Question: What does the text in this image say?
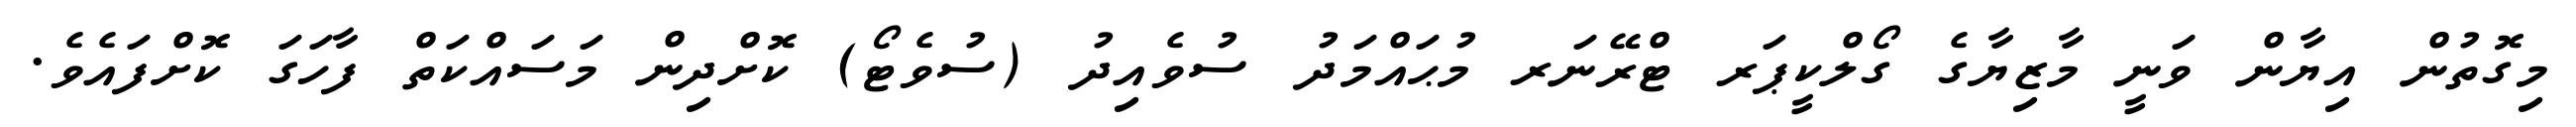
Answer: މިގޮތުން އިޔާން ވަނީ މާޒިޔާގެ ގޯލްކީޕަރ ޓްރޭނަރ މުޙައްމަދު ސުވެއިދު (ސުވެޓޯ) ކޮށްދިން މަސައްކަތް ފާހަގަ ކޮށްފައެވެ.